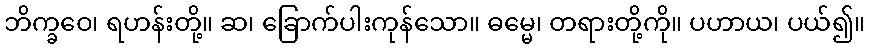
ဘိက္ခဝေ၊ ရဟန်းတို့။ ဆ၊ ခြောက်ပါးကုန်သော။ ဓမ္မေ၊ တရားတို့ကို။ ပဟာယ၊ ပယ်၍။